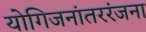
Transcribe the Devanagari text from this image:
योगिजनांतररंजना